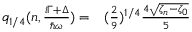
\begin{array} { r l } { q _ { 1 / 4 } ( n , \frac { i \Gamma + \Delta } { \hbar \omega } ) = } & { { } ( \frac { 2 } { 9 } ) ^ { 1 / 4 } \frac { 4 \sqrt { \zeta _ { n } - \zeta _ { 0 } } } { 5 } } \end{array}